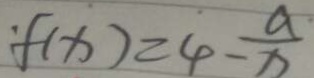
f ( x ) = 4 - \frac { a } { x }